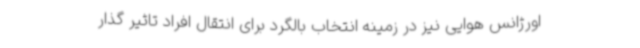
اورژانس هوایی نیز در زمینه انتخاب بالگرد برای انتقال افراد تاثیر گذار